Report of the King Institute of Preventive Medicine, Guindy
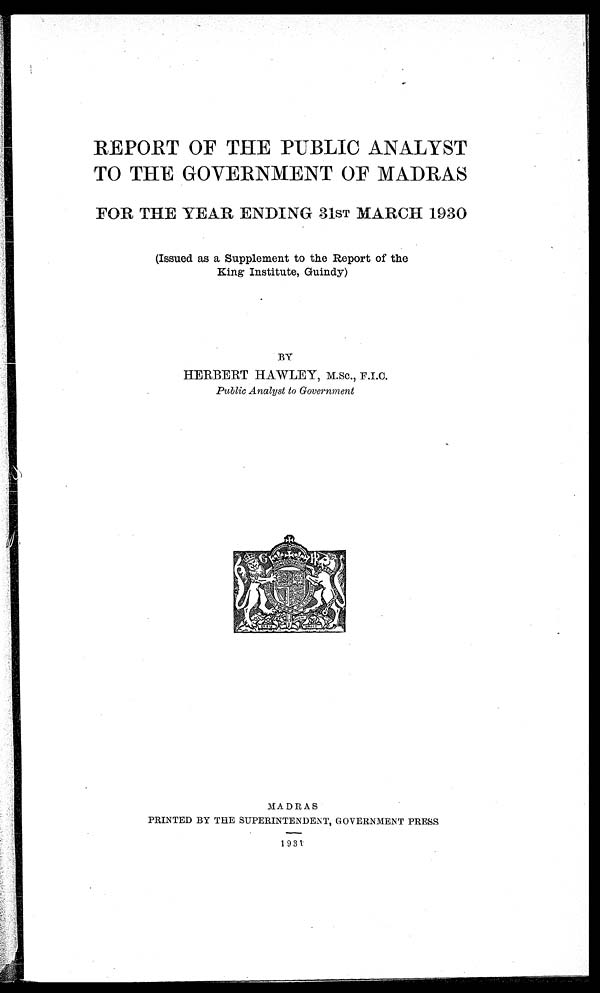
REPORT OF THE PUBLIC ANALYST
TO THE GOVERNMENT OF MADRAS
FOR THE YEAR ENDING 31ST MARCH 1930
(Issued as a Supplement to the Report of the
King Institute, Guindy)
BY
HERBERT HAWLEY, M.Sc., F.I.C.
Public Analyst to Government
MADRAS
PRINTED BY THE SUPERINTENDENT, GOVERNMENT PRESS
1 9 3 1